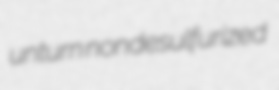
unturn nondesulfurized